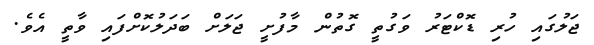
ޖަލުގައި ހުރި ޑޮކްޓަރު ވަގުތީ ގޮތުން މާފުށީ ޖަލަށް ބަދަލުކޮށްފައި ވާތީ އެވެ.